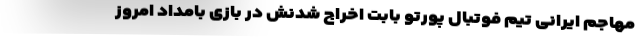
مهاجم ایرانی تیم فوتبال پورتو بابت اخراج شدنش در بازی بامداد امروز